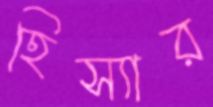
হিস্যার